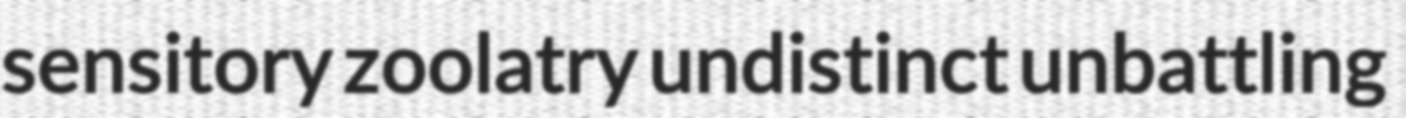
sensitory zoolatry undistinct unbattling